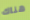
هناك